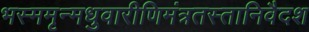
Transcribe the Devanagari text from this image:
भस्ममृन्मधुवारीणिमंत्रतस्तानिवैदश